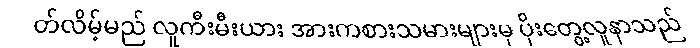
တ်လိမ့်မည် လူကီးမီးယား အားကစားသမားများမှ ပိုးတွေ့လူနာသည်